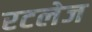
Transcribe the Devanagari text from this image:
रटलेज